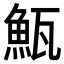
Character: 𩶏